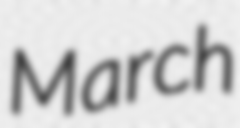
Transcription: March